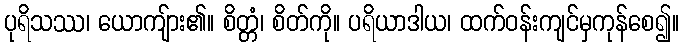
ပုရိသဿ၊ ယောကျ်ား၏။ စိတ္တံ၊ စိတ်ကို။ ပရိယာဒါယ၊ ထက်ဝန်းကျင်မှကုန်စေ၍။